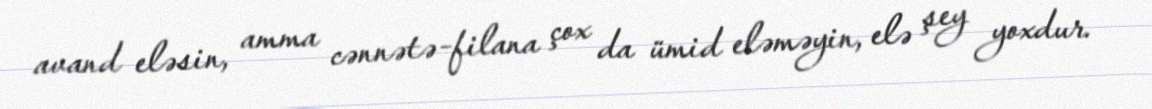
avand eləsin, amma cənnətə-filana çox da ümid eləməyin, elə şey yoxdur.